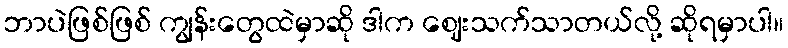
ဘာပဲဖြစ်ဖြစ် ကျွန်းတွေထဲမှာဆို ဒါက ဈေးသက်သာတယ်လို့ ဆိုရမှာပါ။